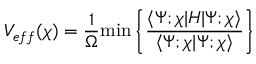
V _ { e f f } ( \chi ) = \frac { 1 } { \Omega } \mathrm { m i n } \left\{ \frac { \langle \Psi ; \chi | H | \Psi ; \chi \rangle } { \langle \Psi ; \chi | \Psi ; \chi \rangle } \right\}